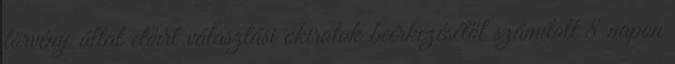
törvény által előírt választási okiratok beérkezésétől számított 8 napon